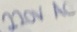
Text: 220V AC